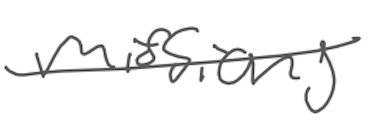
Text: missions
Cross-out: single-line
Writing tool: digital_gray